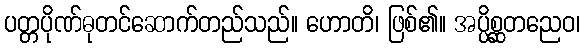
ပတ္တပိုဏ်ဓုတင်ဆောက်တည်သည်။ ဟောတိ၊ ဖြစ်၏။ အပ္ပိစ္ဆတညေဝ၊